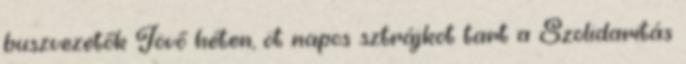
buszvezetők Jövő héten, öt napos sztrájkot tart a Szolidaritás